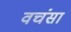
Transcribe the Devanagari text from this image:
वचंसा